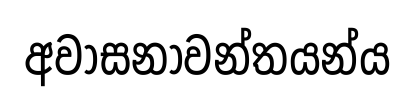
අවාසනාවන්තයන්ය